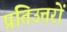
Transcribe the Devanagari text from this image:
प्रतिउत्तरों